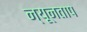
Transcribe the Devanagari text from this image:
न्यूनताप